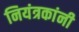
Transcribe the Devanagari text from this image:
नियंत्रकांनी